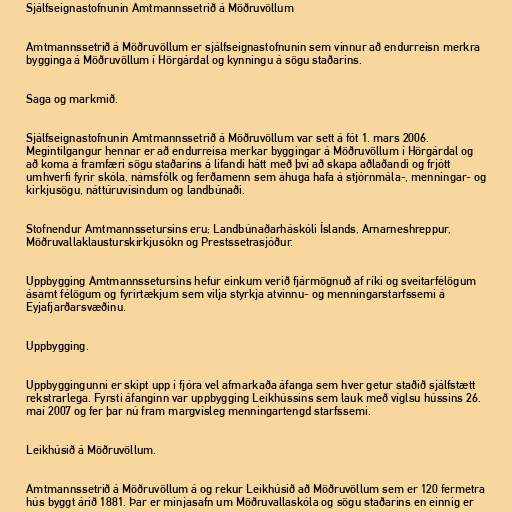
Sjálfseignastofnunin Amtmannssetrið á Möðruvöllum

Amtmannssetrið á Möðruvöllum er sjálfseignastofnunin sem vinnur að endurreisn merkra
bygginga á Möðruvöllum í Hörgárdal og kynningu á sögu staðarins.

Saga og markmið.

Sjálfseignastofnunin Amtmannssetrið á Möðruvöllum var sett á fót 1. mars 2006.
Megintilgangur hennar er að endurreisa merkar byggingar á Möðruvöllum í Hörgárdal og
að koma á framfæri sögu staðarins á lifandi hátt með því að skapa aðlaðandi og frjótt
umhverfi fyrir skóla, námsfólk og ferðamenn sem áhuga hafa á stjórnmála-, menningar- og
kirkjusögu, náttúruvísindum og landbúnaði.

Stofnendur Amtmannssetursins eru; Landbúnaðarháskóli Íslands, Arnarneshreppur,
Möðruvallaklausturskirkjusókn og Prestssetrasjóður.

Uppbygging Amtmannssetursins hefur einkum verið fjármögnuð af ríki og sveitarfélögum
ásamt félögum og fyrirtækjum sem vilja styrkja atvinnu- og menningarstarfssemi á
Eyjafjarðarsvæðinu.

Uppbygging.

Uppbyggingunni er skipt upp í fjóra vel afmarkaða áfanga sem hver getur staðið sjálfstætt
rekstrarlega. Fyrsti áfanginn var uppbygging Leikhússins sem lauk með víglsu hússins 26.
maí 2007 og fer þar nú fram margvísleg menningartengd starfssemi.

Leikhúsið á Möðruvöllum.

Amtmannssetrið á Möðruvöllum á og rekur Leikhúsið að Möðruvöllum sem er 120 fermetra
hús byggt árið 1881. Þar er minjasafn um Möðruvallaskóla og sögu staðarins en einnig er